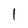
Character: 1